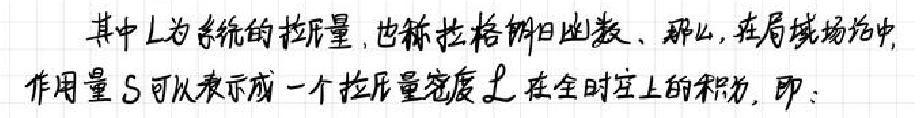
其中\(L\)为系统的拉格量，也称拉格朗日函数，那么，在局域场论中，作用量\(S\)可以表示成一个拉格量密度\(\mathcal{L}\)在全时空上的积分，即：